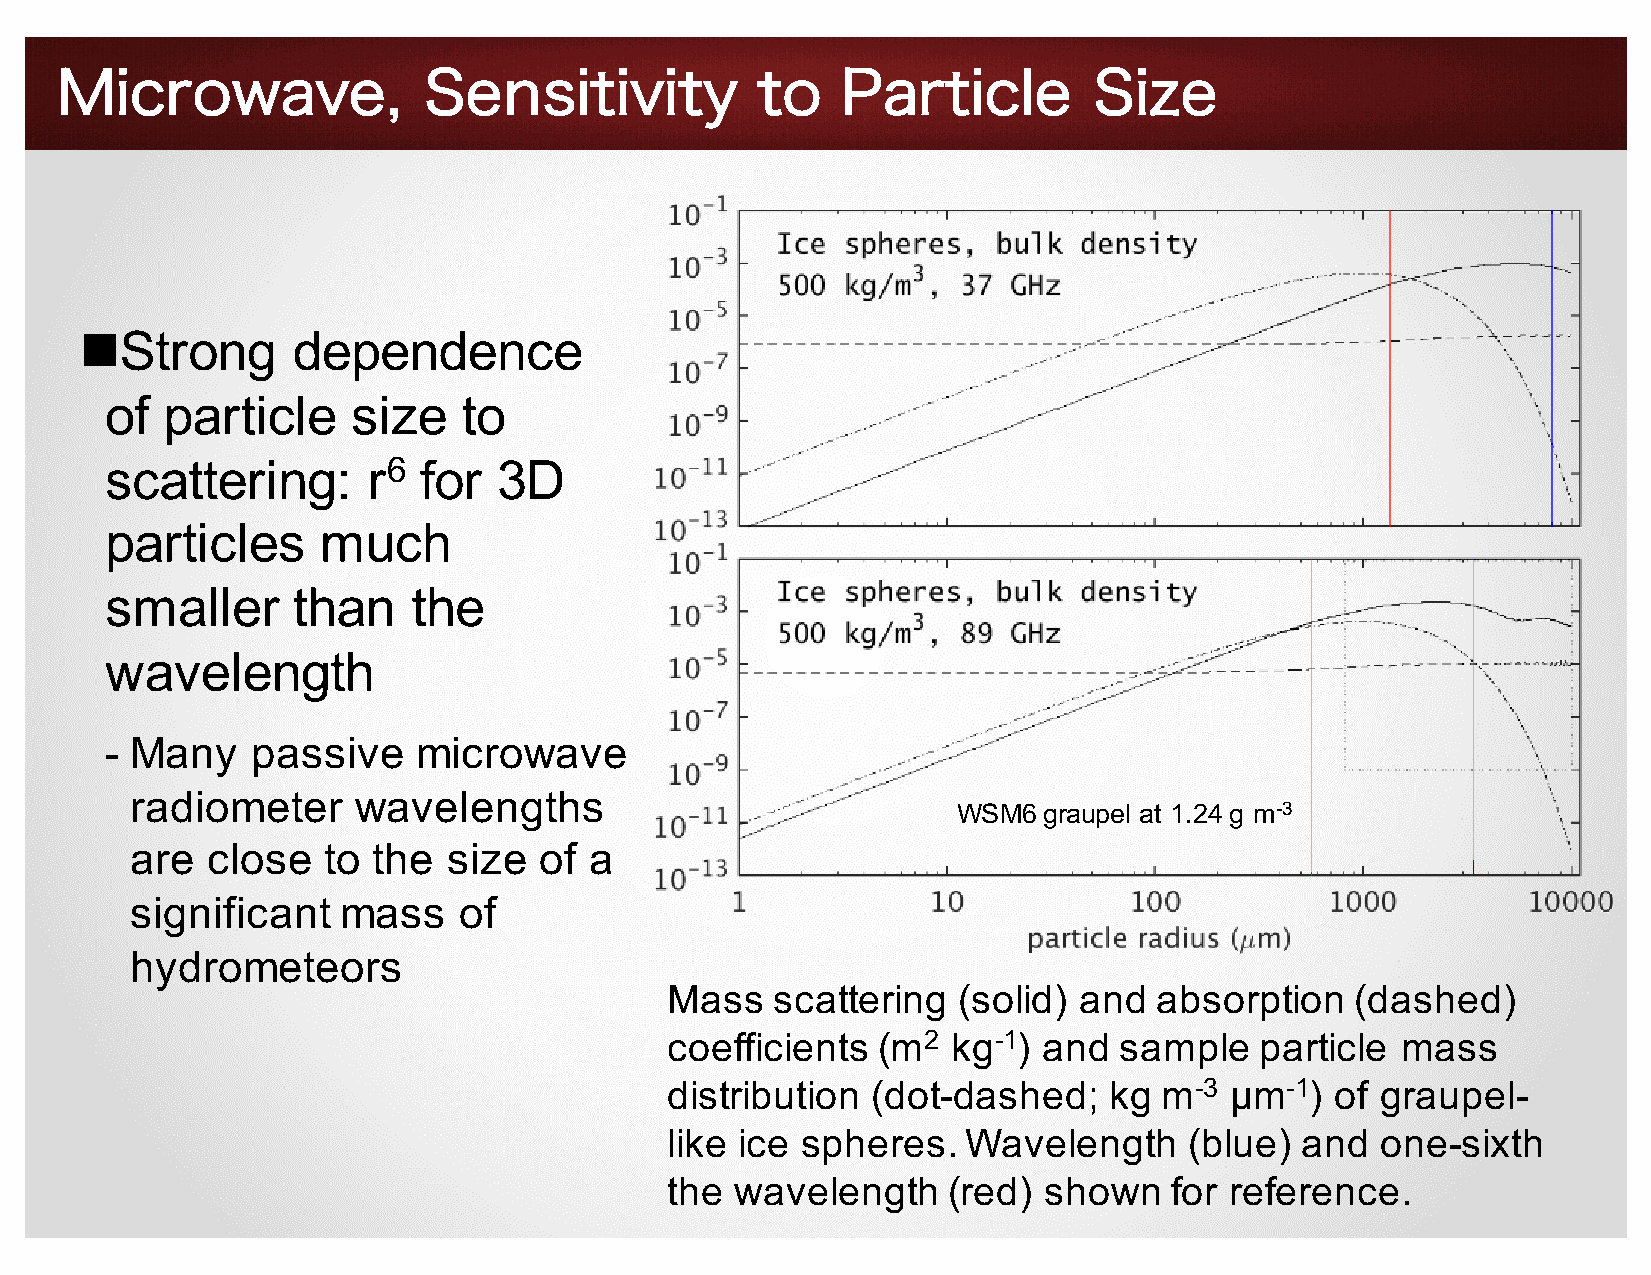
Microwave,              Sensitivity           to    Particle        Size
 nStrong       dependence
 of  particle    size    to
 scattering:      r6  for  3D
 particles     much
 smaller     than    the
 wavelength
 - Many    passive    microwave
 radiometer     wavelengths
 WSM6  graupel at 1.24 g m-3
 are  close  to  the  size  of a
 significant   mass   of
 hydrometeors
 Mass   scattering  (solid) and   absorption   (dashed)
 coefficients  (m2  kg-1) and  sample   particle  mass
 distribution  (dot-dashed;   kg  m-3 µm-1)  of graupel-
 like ice spheres.   Wavelength     (blue) and  one-sixth
 the  wavelength    (red) shown    for reference.